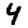
Digit: 4